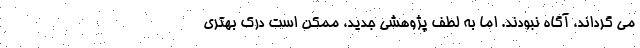
می گرداند، آگاه نبودند. اما به لطف پژوهشی جدید، ممکن است درک بهتری